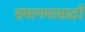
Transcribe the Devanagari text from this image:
समागमासाठी